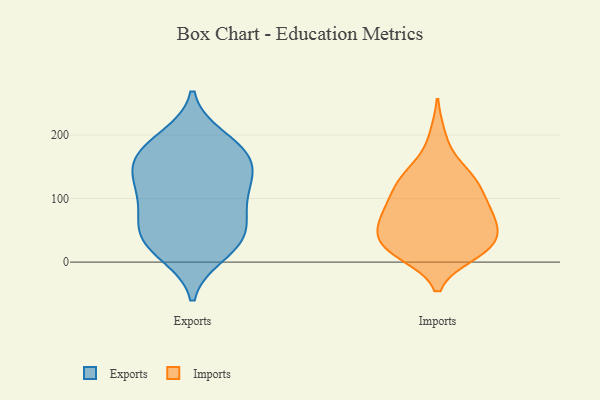
{"axis": {"x": "Tickets Resolved", "y": "Value"}, "legend": ["Exports", "Imports"], "data": [{"x": "", "y": 73, "type": "Exports"}, {"x": "", "y": 18, "type": "Exports"}, {"x": "", "y": 176, "type": "Exports"}, {"x": "", "y": 87, "type": "Exports"}, {"x": "", "y": 38, "type": "Exports"}, {"x": "", "y": 187, "type": "Exports"}, {"x": "", "y": 63, "type": "Exports"}, {"x": "", "y": 123, "type": "Exports"}, {"x": "", "y": 167, "type": "Exports"}, {"x": "", "y": 37, "type": "Exports"}, {"x": "", "y": 12, "type": "Exports"}, {"x": "", "y": 147, "type": "Exports"}, {"x": "", "y": 111, "type": "Exports"}, {"x": "", "y": 157, "type": "Exports"}, {"x": "", "y": 42, "type": "Exports"}, {"x": "", "y": 113, "type": "Exports"}, {"x": "", "y": 196, "type": "Exports"}, {"x": "", "y": 146, "type": "Exports"}, {"x": "", "y": 16, "type": "Imports"}, {"x": "", "y": 30, "type": "Imports"}, {"x": "", "y": 32, "type": "Imports"}, {"x": "", "y": 63, "type": "Imports"}, {"x": "", "y": 21, "type": "Imports"}, {"x": "", "y": 22, "type": "Imports"}, {"x": "", "y": 197, "type": "Imports"}, {"x": "", "y": 65, "type": "Imports"}, {"x": "", "y": 75, "type": "Imports"}, {"x": "", "y": 60, "type": "Imports"}, {"x": "", "y": 14, "type": "Imports"}, {"x": "", "y": 102, "type": "Imports"}, {"x": "", "y": 107, "type": "Imports"}, {"x": "", "y": 34, "type": "Imports"}, {"x": "", "y": 129, "type": "Imports"}, {"x": "", "y": 89, "type": "Imports"}, {"x": "", "y": 71, "type": "Imports"}, {"x": "", "y": 133, "type": "Imports"}, {"x": "", "y": 146, "type": "Imports"}, {"x": "", "y": 131, "type": "Imports"}]}